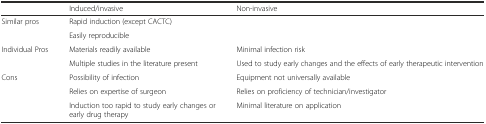
|  | Induced/invasive | Non-invasive |
 | --- | --- | --- |
 | Similar pros | <COLSPAN=2> Rapid induction (except CACTC) |
 |  | <COLSPAN=2> Easily reproducible |
 | Individual Pros | Materials readily available | Minimal infection risk |
 |  | Multiple studies in the literature present | Used to study early changes and the effects of early therapeutic intervention |
 | Cons | Possibility of infection | Equipment not universally available |
 | <ROWSPAN=2>  | Relies on expertise of surgeon | Relies on proficiency of technician/investigator |
 | Induction too rapid to study early changes or early drug therapy | Minimal literature on application |